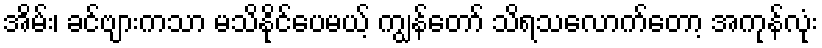
အိမ်း၊ ခင်ဗျားကသာ မသိနိုင်ပေမယ့် ကျွန်တော် သိရသလောက်တော့ အကုန်လုံး